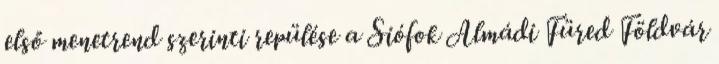
első menetrend szerinti repülése a Siófok Almádi Füred Földvár